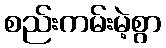
စည်းကမ်းမဲ့စွာ